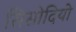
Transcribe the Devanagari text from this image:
सिसोदियो